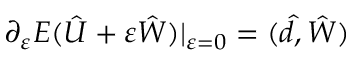
\partial _ { \varepsilon } E ( \hat { U } + \varepsilon \hat { W } ) | _ { \varepsilon = 0 } = ( \hat { d } , \hat { W } )